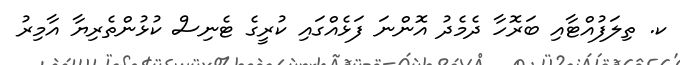
ކ. ތިލަފުއްޓާއި ބަރޮހާ ދެމެދު އޮންނަ ފަޅެއްގައި ކުރީގެ ޓެނިސް ކުޅުންތެރިޔާ އާމިރު